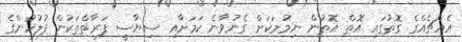
އެއްޗެއްގެ ގޮތުގައި އޮތް އޮތުން ނިމުމަކަށް ގެނުވާނެ ކަމަށާއި ސިޔާސީ ފަރާތްތަކުން ފުލުހުންގެ